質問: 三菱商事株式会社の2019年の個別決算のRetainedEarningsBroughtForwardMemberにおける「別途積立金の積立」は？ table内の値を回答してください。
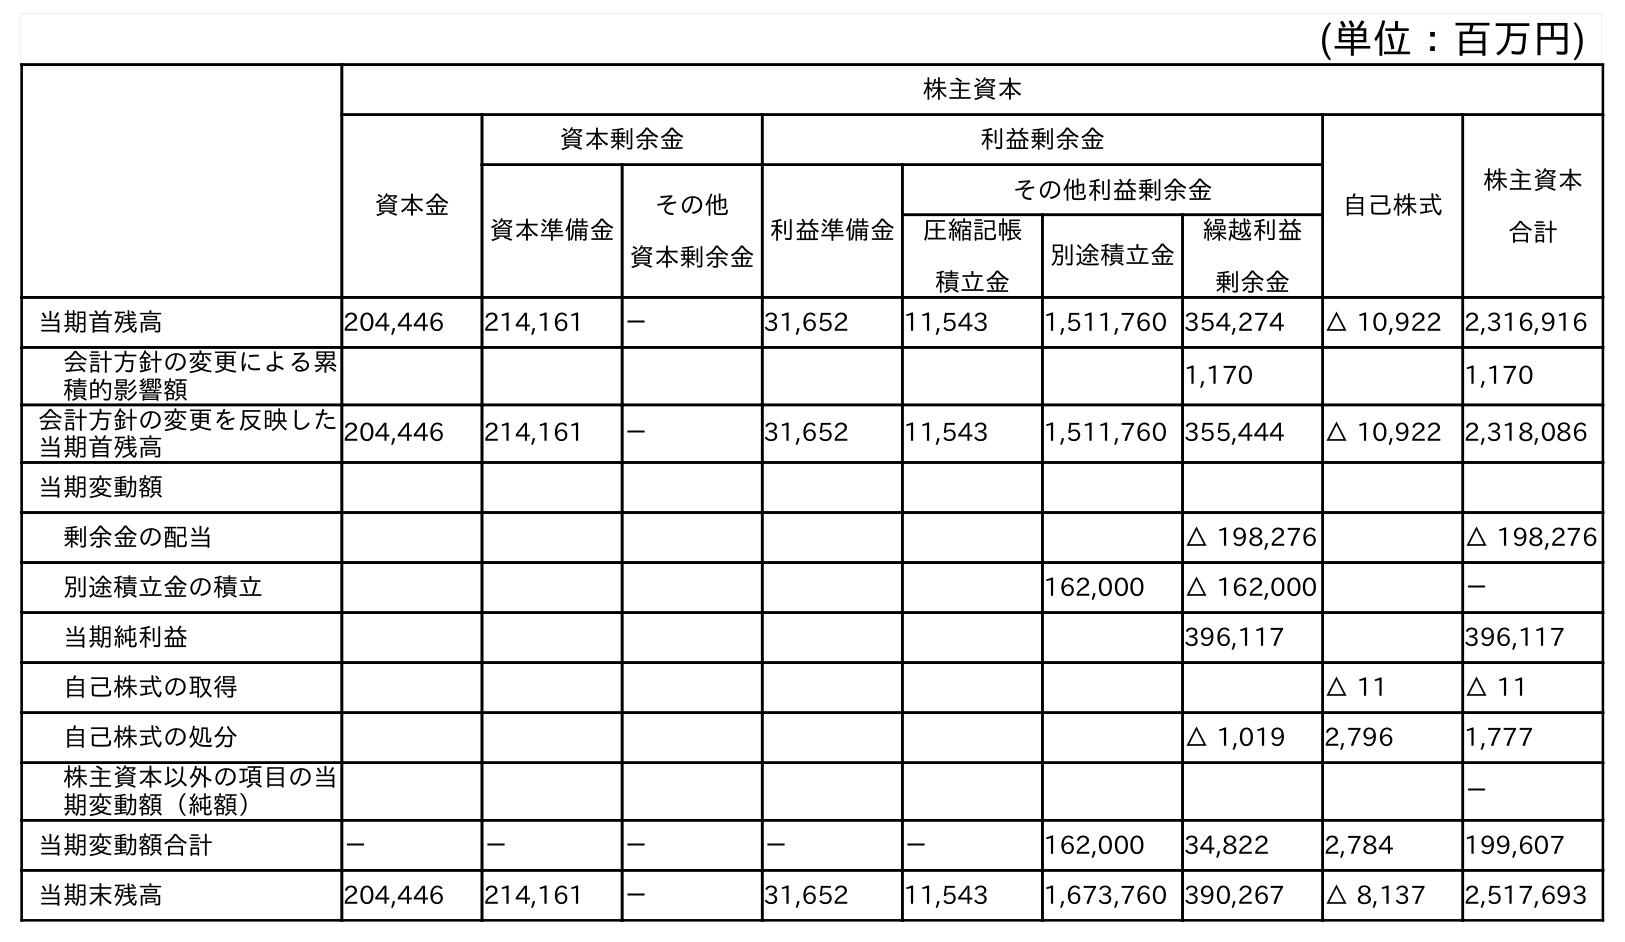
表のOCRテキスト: (単位：百万円) 株主資本 資本金 資本剰余金 利益剰余金 自己株式 株主資本 合計 資本準備金 その他 資本剰余金 利益準備金 その他利益剰余金 圧縮記帳 積立金 別途積立金 繰越利益 剰余金 当期首残高 204,446 214,161 － 31,652 11,543 1,511,760 354,274 △ 10,922 2,316,916 会計方針の変更による累 積的影響額 1,170 1,170 会計方針の変更を反映した 当期首残高 204,446 214,161 － 31,652 11,543 1,511,760 355,444 △ 10,922 2,318,086 当期変動額 剰余金の配当 △ 198,276 △ 198,276 別途積立金の積立 162,000 △ 162,000 － 当期純利益 396,117 396,117 自己株式の取得 △ 11 △ 11 自己株式の処分 △ 1,019 2,796 1,777 株主資本以外の項目の当 期変動額（純額） － 当期変動額合計 － － － － － 162,000 34,822 2,784 199,607 当期末残高 204,446 214,161 － 31,652 11,543 1,673,760 390,267 △ 8,137 2,517,693
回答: △162,000